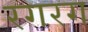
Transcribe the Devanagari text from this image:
रगरग